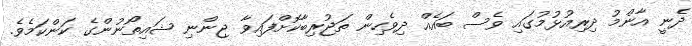
ދެނީ އާންމު ދިރިއުޅުމުގައި ވެސް ބައެއް ދިވެހިން ތަޖުރިބާކޮށްފައިވާ ޖިންނި ޝައިތޯނުންގެ ކަންކަމެވެ.